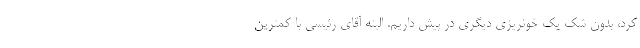
کرد، بدون شک یک خونریزی دیگری در پیش داریم. البته آقای رئیسی با کمترین